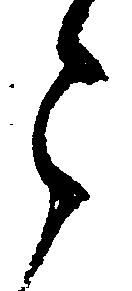
々